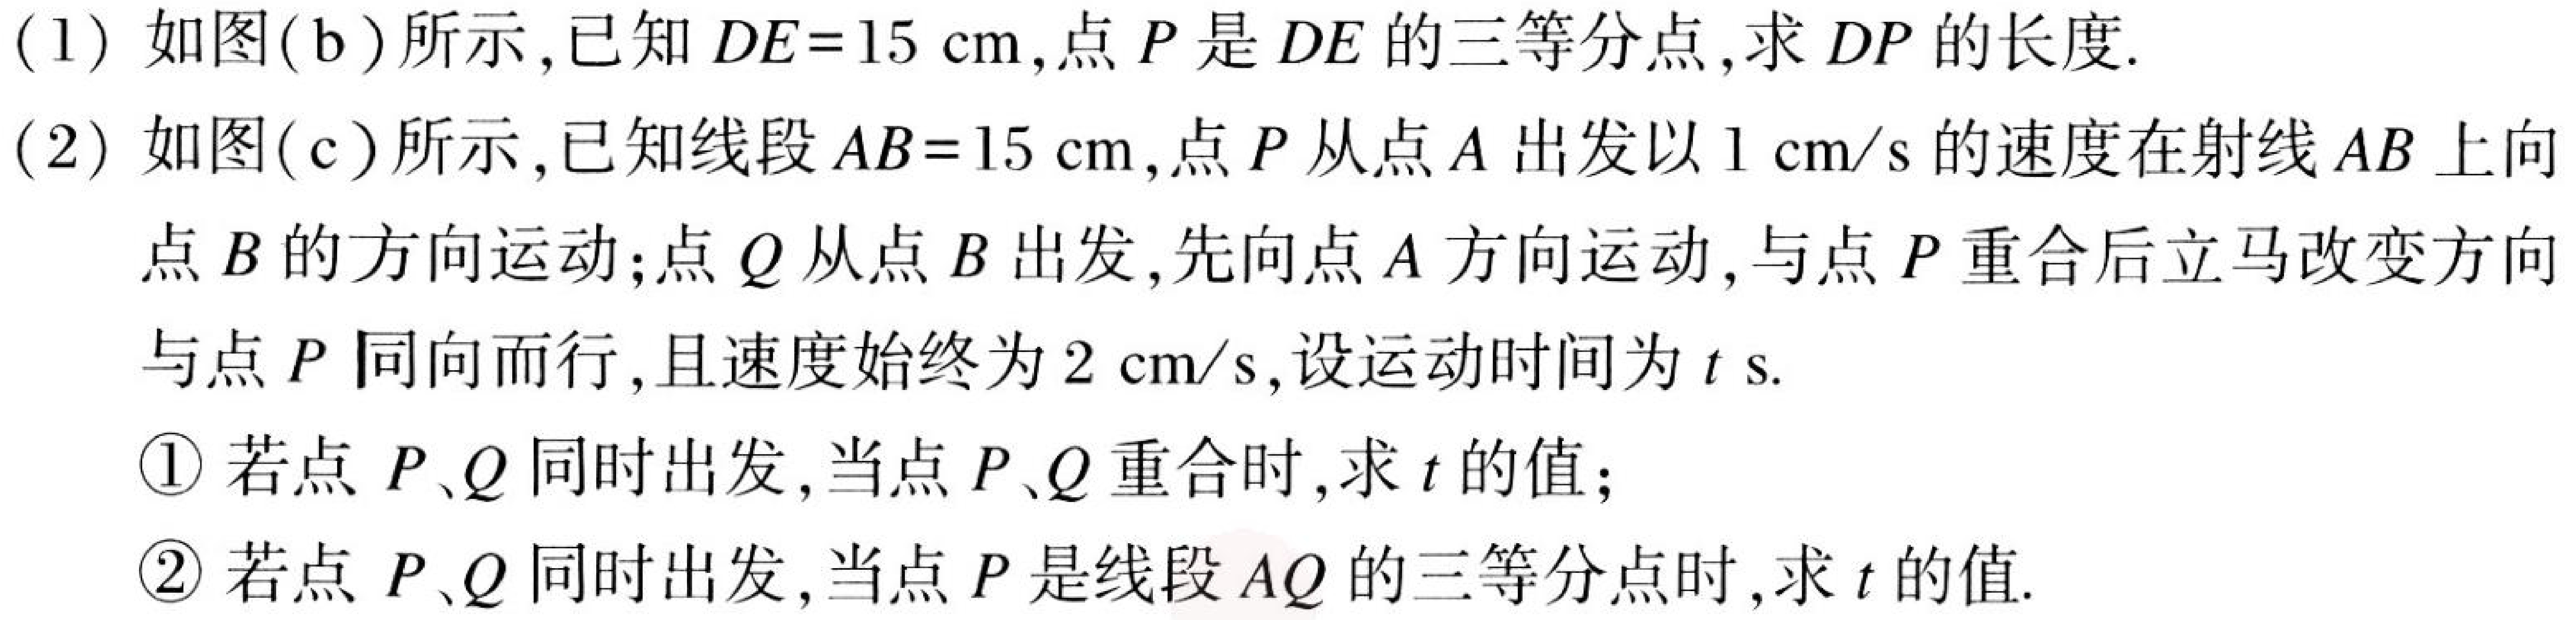
(1) 如图(b)所示,已知 \(DE = 15\mathrm{cm}\),点 \(P\)是 \(DE\)的三等分点,求 \(DP\)的长度.
(2) 如图(c)所示,已知线段 \(AB = 15\mathrm{cm}\),点 \(P\)从点 \(A\)出发以 \(1\mathrm{cm/s}\)的速度在射线 \(AB\)上向点 \(B\)的方向运动;点 \(Q\)从点 \(B\)出发,先向点 \(A\)方向运动,与点 \(P\)重合后立马改变方向与点 \(P\)同向而行,且速度始终为 \(2\mathrm{cm/s}\),设运动时间为 \(t\mathrm{ s}\).
\textcircled{1} 若点 \(P、Q\)同时出发,当点 \(P、Q\)重合时,求 \(t\)的值；
\textcircled{2} 若点 \(P、Q\)同时出发,当点 \(P\)是线段 \(AQ\)的三等分点时,求 \(t\)的值.